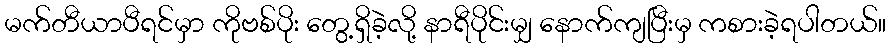
မက်တီယာပီရင်မှာ ကိုဗစ်ပိုး တွေ့ရှိခဲ့လို့ နာရီပိုင်းမျှ နောက်ကျပြီးမှ ကစားခဲ့ရပါတယ်။